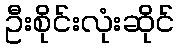
ဦးစိုင်းလုံးဆိုင်